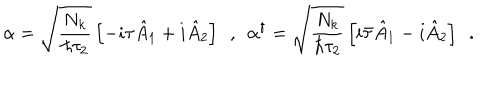
\alpha = \sqrt { \frac { N _ { k } } { \hbar \tau _ { 2 } } } \left[ - i \tau \hat { A } _ { 1 } + i \hat { A } _ { 2 } \right] \ \ , \ \ \alpha ^ { \dagger } = \sqrt { \frac { N _ { k } } { \hbar \tau _ { 2 } } } \left[ i \bar { \tau } \hat { A } _ { 1 } - i \hat { A } _ { 2 } \right] \ \ .